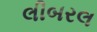
લીબરલ